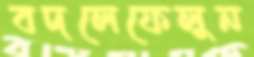
বদলেফেলুন